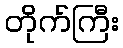
တိုက်ကြီး